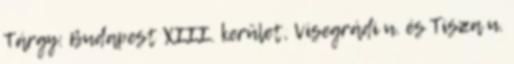
Tárgy: Budapest XIII. kerület, Visegrádi u. és Tisza u.